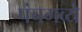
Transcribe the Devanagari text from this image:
पंचगव्ये